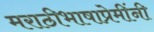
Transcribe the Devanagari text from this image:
मराठीभाषाप्रेमींनी